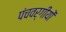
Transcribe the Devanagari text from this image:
पंचवर्गीयों